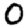
Digit: 0